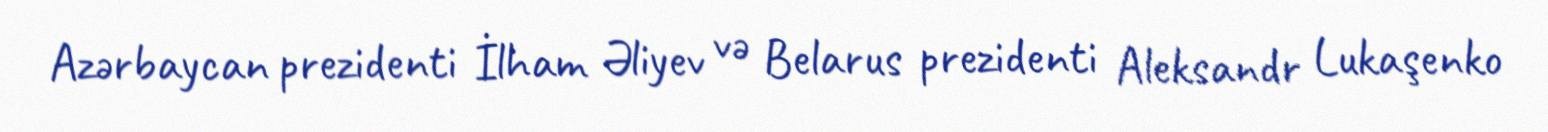
Azərbaycan prezidenti İlham Əliyev və Belarus prezidenti Aleksandr Lukaşenko